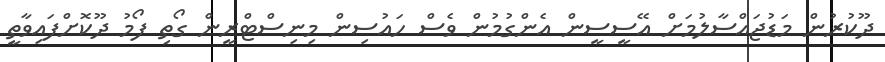
ދޫކުރުން މަޑުޖައްސާލުމަށް އޭސީސީން އެންގުމުން ވެސް ހައުސިން މިނިސްޓްރީން ގޯތި ފޯމު ދޫކޮށްފައިވާތީ